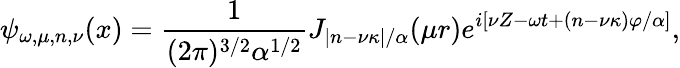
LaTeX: \psi_{\omega,\mu,n,\nu}(x)=\frac{1}{(2\pi)^{3/2}\alpha^{1/2}}J_{|n-\nu\kappa|/\alpha}(\mu r)e^{i[\nu Z-\omega t+(n-\nu\kappa)\varphi/\alpha]},